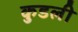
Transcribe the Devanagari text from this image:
कुडली